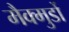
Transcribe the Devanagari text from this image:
मैक्मुर्डो